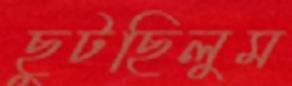
ছুটছিলুম